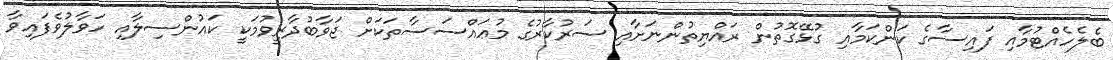
ބެލެހެއްޓުމާއި ފައިސާގެ ކަންކަމާއި ގުޅޭގޮތުން ރައްޔިތުންނަށާއި ސަރުކާރުގެ މުޢައްސަސާތަކަށް ޖަވާބުދާރީވުމަކީ ކައުންސިލާއި ހަވާލުވެފައިވާ